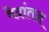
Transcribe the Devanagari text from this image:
वेदांतज्ञ